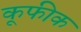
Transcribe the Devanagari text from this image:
कूफीक